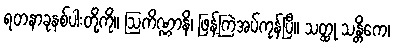
ရတနာခုနစ်ပါးတို့ကို။ ဩကိဏ္ဏာနိ၊ ဖြန့်ကြဲအပ်ကုန်ပြီ။ သတ္ထု သန္တိကေ၊